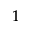
_ 1